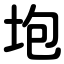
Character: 垉